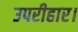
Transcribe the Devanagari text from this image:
उपरीहार।